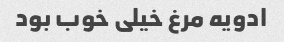
ادویه مرغ خیلی خوب بود